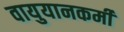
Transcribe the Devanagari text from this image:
वायुयानकर्मी